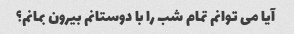
آیا می توانم تمام شب را با دوستانم بیرون بمانم؟